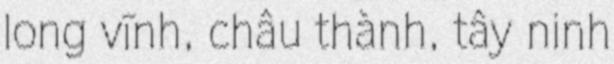
long vĩnh, châu thành, tây ninh